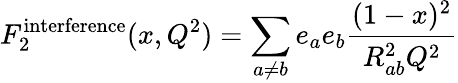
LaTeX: F_{2}^{\mathrm{interference}}(x,Q^{2})=\sum_{a\ne b}e_{a}e_{b}{\frac{(1-x)^{2}}{R_{ab}^{2}Q^{2}}}